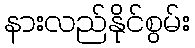
နားလည်နိုင်စွမ်း